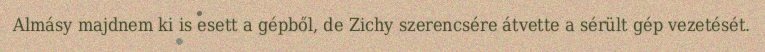
Almásy majdnem ki is esett a gépből, de Zichy szerencsére átvette a sérült gép vezetését.